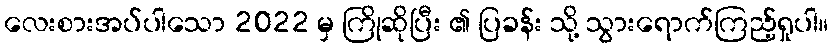
လေးစားအပ်ပါသော 2022 မှ ကြိုဆိုပြီး ၏ ပြခန်း သို့ သွားရောက်ကြည့်ရှုပါ။